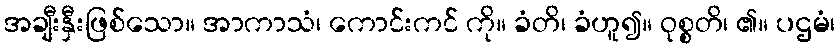
အချီးနှီးဖြစ်သော။ အာကာသံ၊ ကောင်းကင် ကို။ ခံတိ၊ ခံဟူ၍။ ဝုစ္စတိ၊ ၏။ ပဌမံ၊